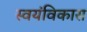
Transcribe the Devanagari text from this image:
स्वयंविकास